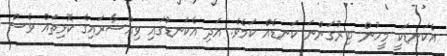
އެކަނޑަކީ މީހުން ބިރުގަންނަ ކަނޑެއް ކަމެވެ. އަދި އެކަނޑުގައި ވިއްސާރައިގެ ކޮޅިތައް ވެސް